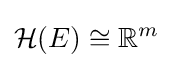
{\mathcal {H}}(E)\cong \mathbb {R} ^{m}